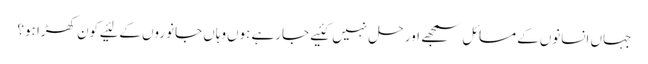
جہاں‌ انسانوں‌کے مسائل سمجھے اور حل نہیں‌کئیے جارہے ہوں‌وہاں‌ جانوروں‌ کے لئیے کون کھڑا ہو؟